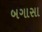
બગાસા